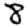
Digit: 8